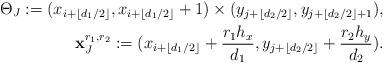
LaTeX: \begin{align*}\Theta_{J}:=(x_{i+\lfloor d_1/2\rfloor},x_{i+\lfloor d_1/2\rfloor}+1)\times (y_{j+\lfloor d_2/2\rfloor}, y_{j+\lfloor d_2/2\rfloor+1}),\\{\bf x}^{r_1,r_2}_{J}:=(x_{i+\lfloor d_1/2\rfloor}+\frac{r_1 h_x}{d_1},y_{j+\lfloor d_2/2\rfloor}+\frac{r_2 h_y}{d_2}). \end{align*}